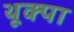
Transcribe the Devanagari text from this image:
थूक्‍पा